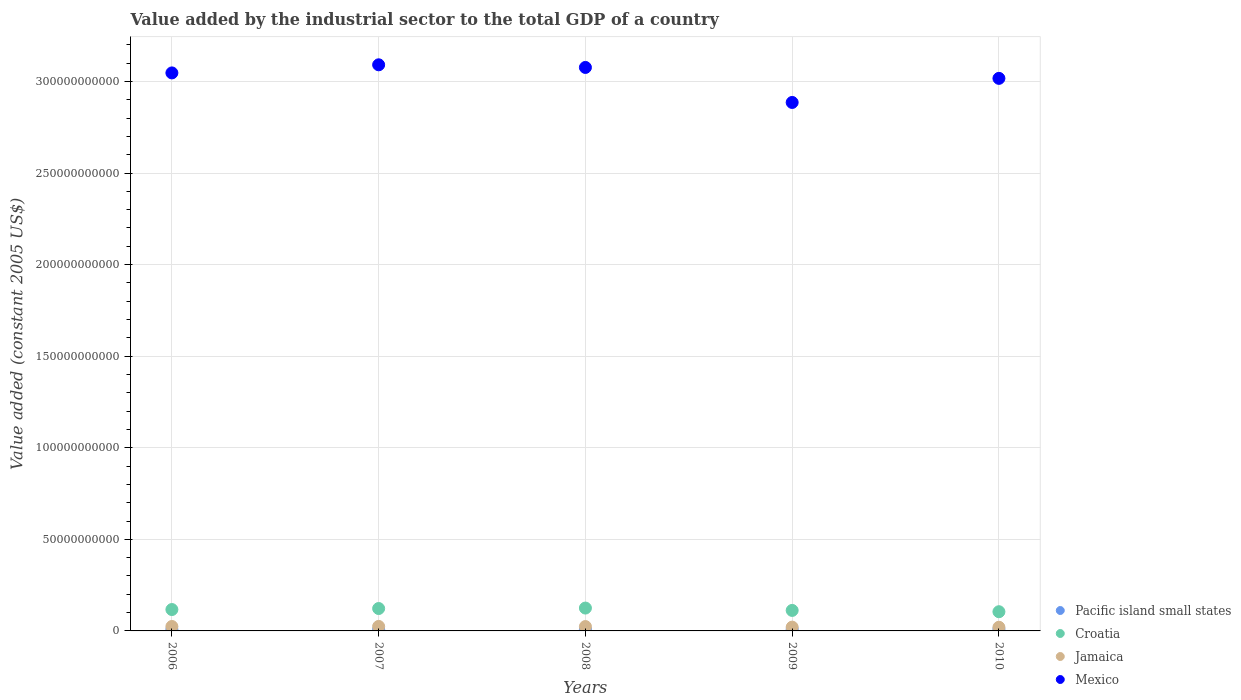
| Years | Pacific island small states | Croatia | Jamaica | Mexico |
 | --- | --- | --- | --- | --- |
 | 2006 | 8.22e+08 | 1.17e+10 | 2.42e+09 | 3.05e+11 |
 | 2007 | 8.07e+08 | 1.22e+10 | 2.46e+09 | 3.09e+11 |
 | 2008 | 8.82e+08 | 1.25e+10 | 2.38e+09 | 3.08e+11 |
 | 2009 | 8.78e+08 | 1.12e+10 | 2.07e+09 | 2.89e+11 |
 | 2010 | 9.36e+08 | 1.05e+10 | 2e+09 | 3.02e+11 |